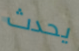
يحدث